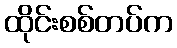
ထိုင်းစစ်တပ်က